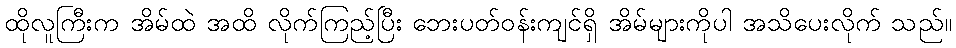
ထိုလူကြီးက အိမ်ထဲ အထိ လိုက်ကြည့်ပြီး ဘေးပတ်ဝန်းကျင်ရှိ အိမ်များကိုပါ အသိပေးလိုက် သည်။